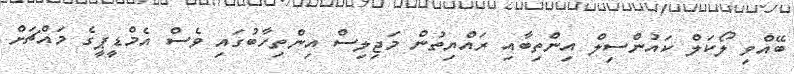
ބޭއްވި ލޯކަލް ކައުންސިލް އިންތިބާއި ރައްޔިތުން މަޖިލިސް އިންތިހާބުގައި ވެސް އެމްޑީޕީގެ މައްޗަށް